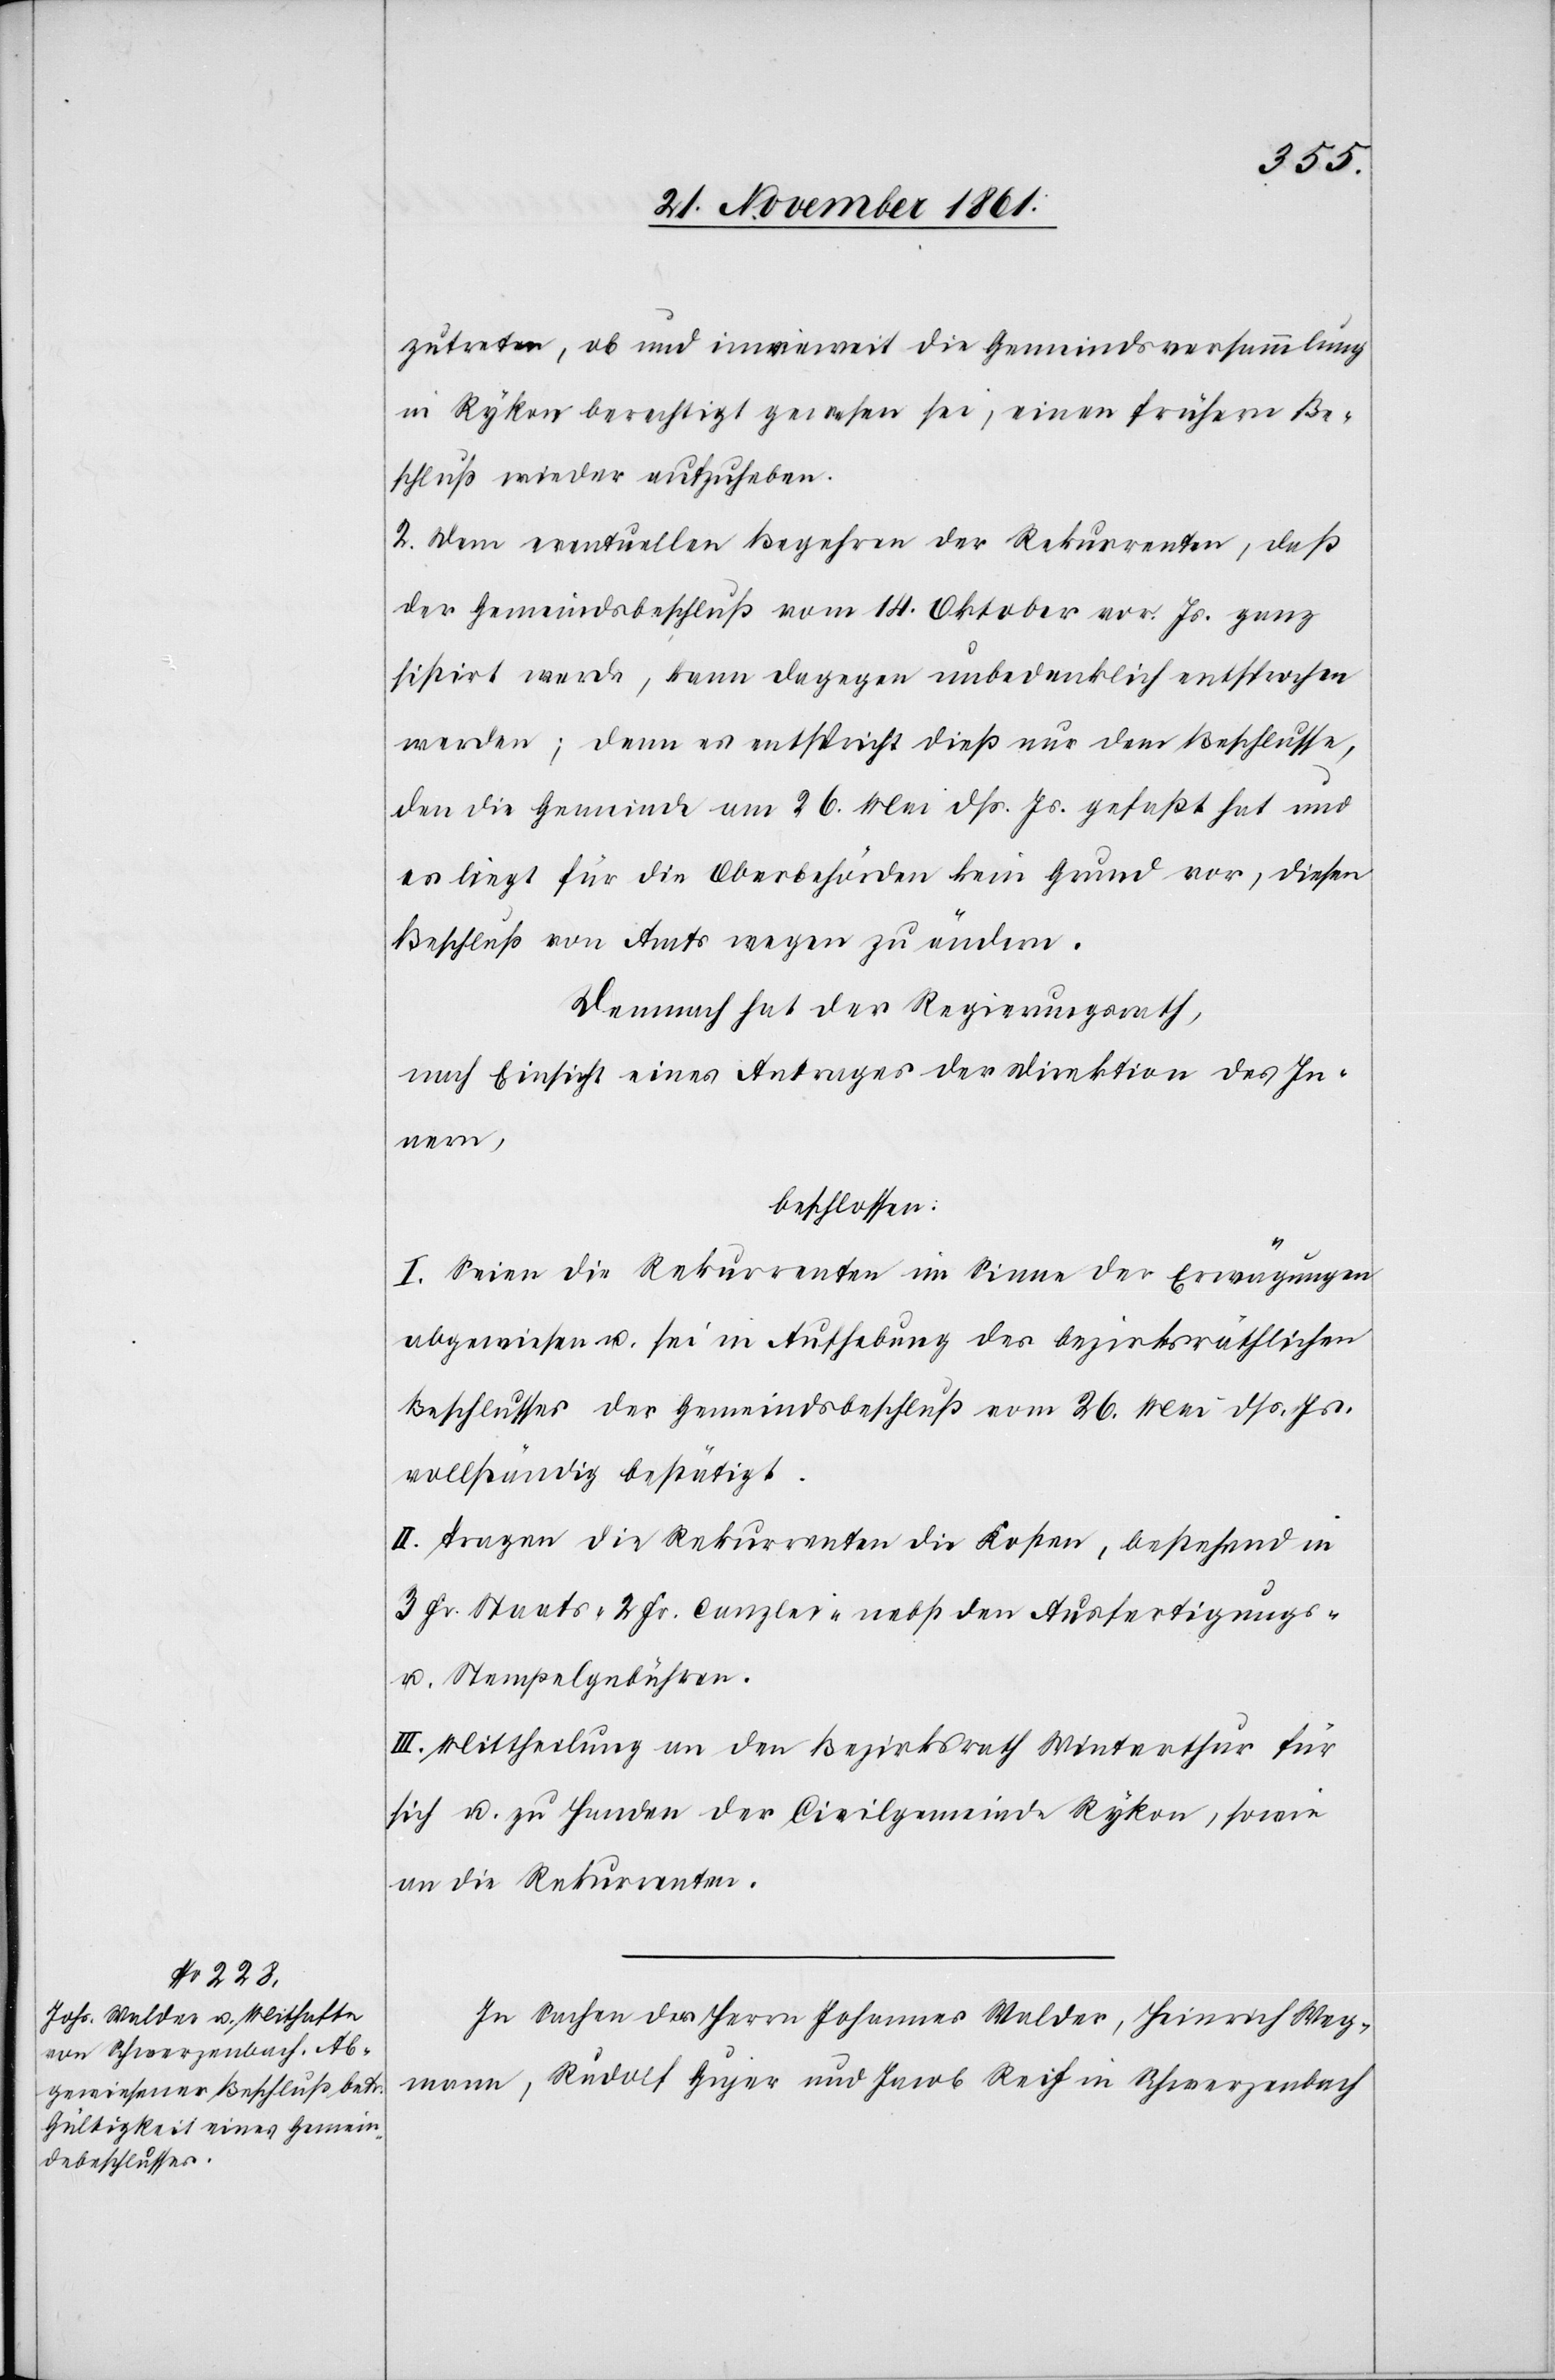
zutreten, ob und inwieweit die Gemeindsversammlung
in Rykon berechtigt gewesen sei, einen frühern Be¬
schluß wieder aufzuheben.
2. Dem eventuellen Begehren der Rekurrenten, daß
der Gemeindsbeschluß vom 14 Oktober vor. Js. ganz
sistirt werde, kann dagegen unbedenklich entsprochen
werden; denn es entspricht dieß nur dem Beschlusse,
den die Gemeinde am 26 Mai dß. Js. gefaßt hat und
es liegt für die Oberbehörden kein Grund vor, diesen
Beschluß von Amts wegen zu ändern.
Demnach hat der Regierungsrath,
nach Einsicht eines Antrages der Direktion des In¬
nern,
beschlossen:
I. Seien die Rekurrenten im Sinne der Erwägungen
abgewiesen u. sei in Aufhebung des bezirksräthlichen
Beschlusses der Gemeindsbeschluß vom 26 Mai dß. Js.
vollständig bestätigt.
II. Tragen die Rekurrenten die Kosten, bestehend in
3 Fr. Staats- u. 2 Fr. Canzlei- nebst den Ausfertigungs-
u. Stempelgebühren.
III. Mittheilung an den Bezirksrath Winterthur für
sich u. zu Handen der Civilgemeinde Rykon, sowie
an die Rekurrenten.
In Sachen des Herrn Johannes Walder, Heinrich Weg¬
mann, Rudolf Gujer und Jacob Reif in Schwerzenbach